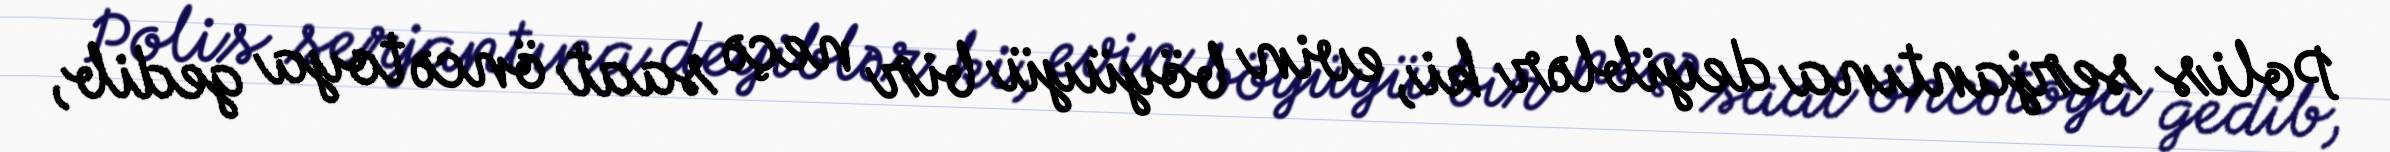
Polis serjantına deyiblər ki, evin böyüyü bir neçə saat öncə toya gedib,